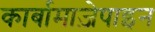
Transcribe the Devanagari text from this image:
कार्बामाज़ेपाइन